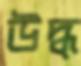
উদ্ধ